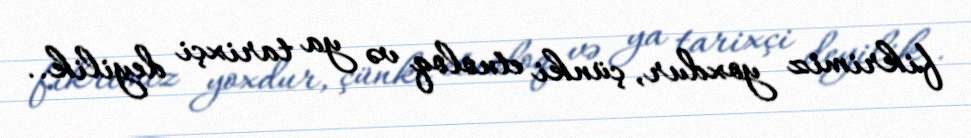
fikrimiz yoxdur, çünki etnoloq və ya tarixçi deyilik..